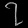
Digit: ၇